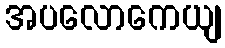
အပလောကေယျ